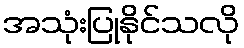
အသုံးပြုနိုင်သလို